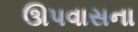
ઊપવાસના